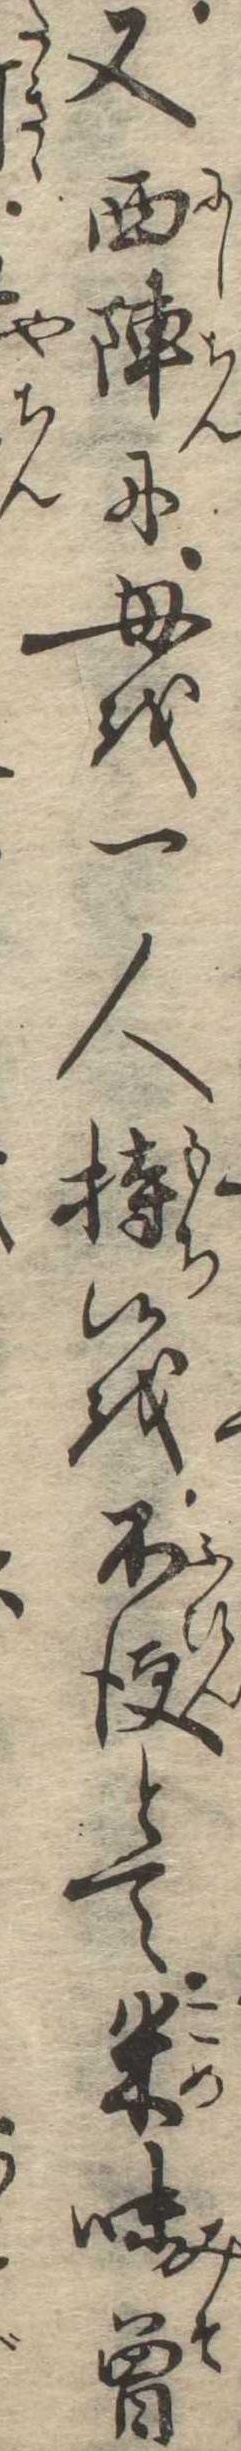
又西陣に母を一人持候を不便とて米味噌